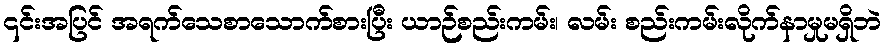
၎င်းအပြင် အရက်သေစာသောက်စားပြီး ယာဉ်စည်းကမ်း၊ လမ်း စည်းကမ်းလိုက်နာမှုမရှိဘဲ